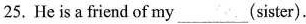
25. He isafriend of my___(sister).